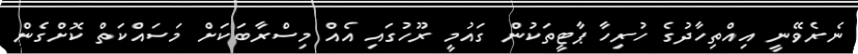
ނެރެވޭނީ އިއްތިހާދުގެ ހުރިހާ ޕާޓީތަކުން ގައުމީ ރޫހުގައި އެއް މިސްރާބަކަށް މަސައްކަތް ކޮށްގެން